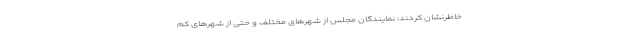
خاطرنشان کردند: نمایندگان مجلس از شهرهای مختلف و حتی از شهرهای کم